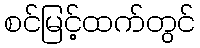
စင်မြင့်ထက်တွင်